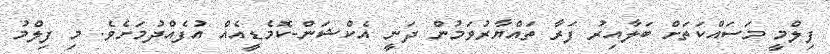
ފިލްމީ މަސައްކަތަށް ބަލާއިރު ފަރާ ތައްޔާރުވަމުން ދަނީ އެކްޝަން-ކޮމެޑީއެއް އުފެއްދުމަށެވެ. މި ފިލްމު